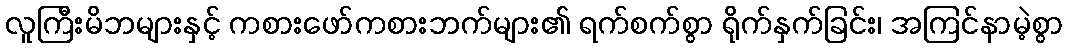
လူကြီးမိဘများနှင့် ကစားဖော်ကစားဘက်များ၏ ရက်စက်စွာ ရိုက်နှက်ခြင်း၊ အကြင်နာမဲ့စွာ